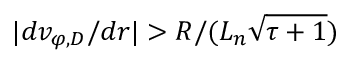
\lvert d v _ { \varphi , D } / d r \rvert > R / ( L _ { n } \sqrt { \tau + 1 } )